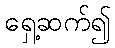
ရှေ့ဆက်၍